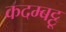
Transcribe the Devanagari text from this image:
कदम्बट्टू